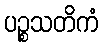
ပဉ္စသတိကံ